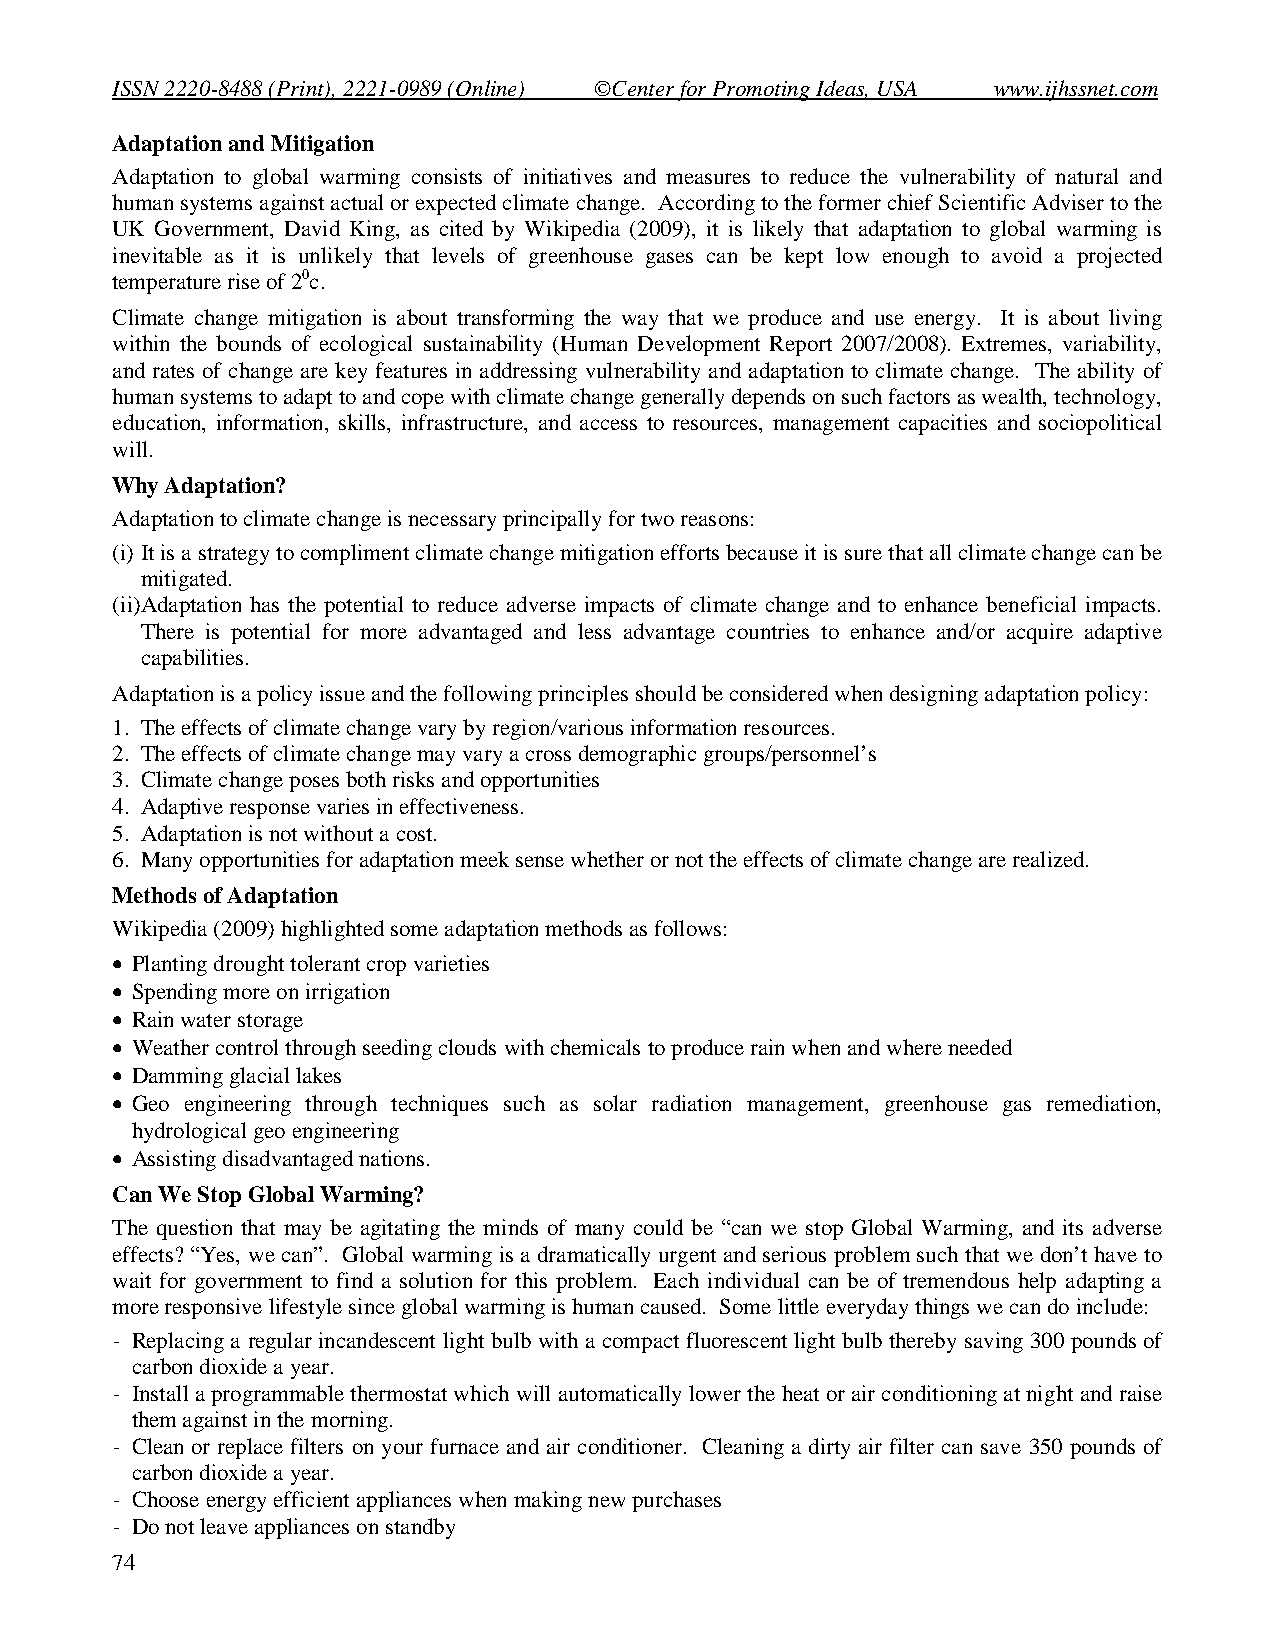
ISSN 2220-8488 (Print), 2221-0989 (Online) ©Center for Promoting Ideas, USA www.ijhssnet.com
 Adaptation and Mitigation
 Adaptation to global warming consists of initiatives and measures to reduce the vulnerability of natural and
 human systems against actual or expected climate change. According to the former chief Scientific Adviser to the
 UK Government, David King, as cited by Wikipedia (2009), it is likely that adaptation to global warming is
 inevitable as it is unlikely that levels of greenhouse gases can be kept low enough to avoid a projected
 temperature rise of 20c.
 Climate change mitigation is about transforming the way that we produce and use energy. It is about living
 within the bounds of ecological sustainability (Human Development Report 2007/2008). Extremes, variability,
 and rates of change are key features in addressing vulnerability and adaptation to climate change. The ability of
 human systems to adapt to and cope with climate change generally depends on such factors as wealth, technology,
 education, information, skills, infrastructure, and access to resources, management capacities and sociopolitical
 will.
 Why Adaptation?
 Adaptation to climate change is necessary principally for two reasons:
 (i) It is a strategy to compliment climate change mitigation efforts because it is sure that all climate change can be
 mitigated.
 (ii)Adaptation has the potential to reduce adverse impacts of climate change and to enhance beneficial impacts.
 There is potential for more advantaged and less advantage countries to enhance and/or acquire adaptive
 capabilities.
 Adaptation is a policy issue and the following principles should be considered when designing adaptation policy:
 1. The effects of climate change vary by region/various information resources.
 2. The effects of climate change may vary a cross demographic groups/personnel’s
 3. Climate change poses both risks and opportunities
 4. Adaptive response varies in effectiveness.
 5. Adaptation is not without a cost.
 6. Many opportunities for adaptation meek sense whether or not the effects of climate change are realized.
 Methods of Adaptation
 Wikipedia (2009) highlighted some adaptation methods as follows:
  Planting drought tolerant crop varieties
  Spending more on irrigation
  Rain water storage
  Weather control through seeding clouds with chemicals to produce rain when and where needed
  Damming glacial lakes
  Geo engineering through techniques such as solar radiation management, greenhouse gas remediation,
 hydrological geo engineering
  Assisting disadvantaged nations.
 Can We Stop Global Warming?
 The question that may be agitating the minds of many could be “can we stop Global Warming, and its adverse
 effects? “Yes, we can”. Global warming is a dramatically urgent and serious problem such that we don’t have to
 wait for government to find a solution for this problem. Each individual can be of tremendous help adapting a
 more responsive lifestyle since global warming is human caused. Some little everyday things we can do include:
 - Replacing a regular incandescent light bulb with a compact fluorescent light bulb thereby saving 300 pounds of
 carbon dioxide a year.
 - Install a programmable thermostat which will automatically lower the heat or air conditioning at night and raise
 them against in the morning.
 - Clean or replace filters on your furnace and air conditioner. Cleaning a dirty air filter can save 350 pounds of
 carbon dioxide a year.
 - Choose energy efficient appliances when making new purchases
 - Do not leave appliances on standby
 74